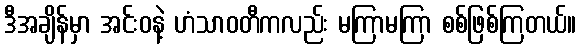
ဒီအချိန်မှာ အင်းဝနဲ့ ဟံသာဝတီကလည်း မကြာမကြာ စစ်ဖြစ်ကြတယ်။